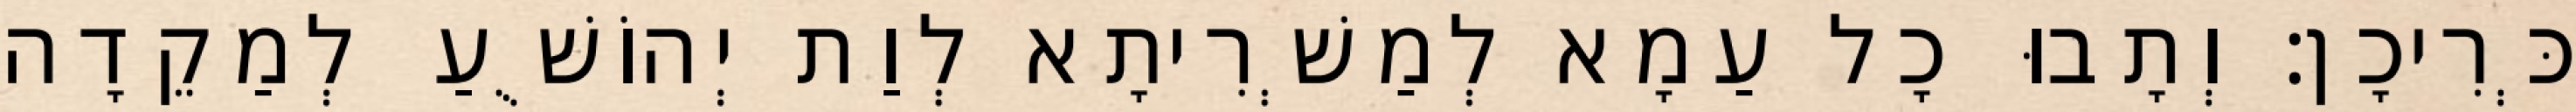
כְּרִיכָן׃ וְתָבוּ כָל עַמָא לְמַשְׁרִיתָא לְוַת יְהוֹשֻׁעַ לְמַקֵדָה